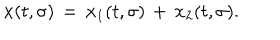
LaTeX: { \bf x } ( t , \sigma ) \, = \, { \bf x } _ { 1 } ( t , \sigma ) \, + \, { \bf x } _ { 2 } ( t , \sigma ) .